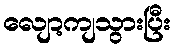
လျော့ကျသွားပြီး